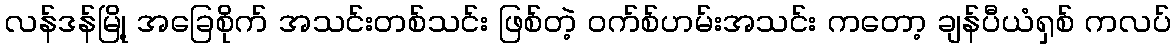
လန်ဒန်မြို့ အခြေစိုက် အသင်းတစ်သင်း ဖြစ်တဲ့ ဝက်စ်ဟမ်းအသင်း ကတော့ ချန်ပီယံရှစ် ကလပ်